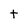
Character: t